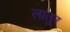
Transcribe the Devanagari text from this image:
लातुर